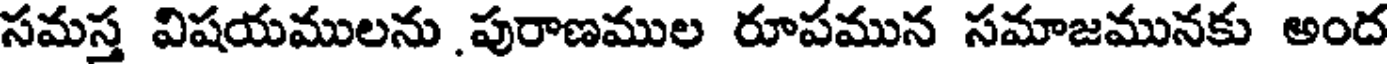
సమస్త విషయములను పురాణముల రూపమున సమాజమునకు అంద